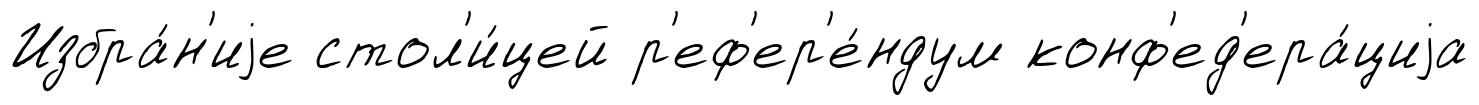
Избра́н'иjе стол'и́цей р'еф'ер'е́ндум конф'ед'ера́циjа